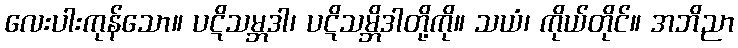
လေးပါးကုန်သော။ ပဋိသမ္ဘဒါ၊ ပဋိသမ္ဘိဒါတို့ကို။ သယံ၊ ကိုယ်တိုင်။ အဘိညာ